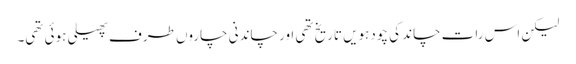
لیکن اس رات چاند کی چودہویں تاریخ تھی اور چاندنی چاروں طرف پھیلی ہوئی تھی۔